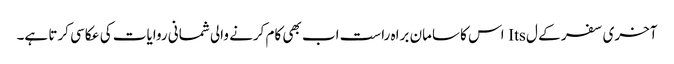
آخری سفر کے ل Its اس کا سامان براہ راست اب بھی کام کرنے والی شمانی روایات کی عکاسی کرتا ہے۔